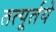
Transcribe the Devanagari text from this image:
तत्पूर्तये